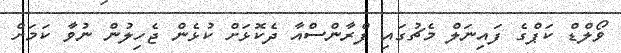
ވޯލްޑް ކަޕްގެ ފައިނަލް މެޗުގައި ފްރާންސްއާ ދެކޮޅަށް ކުޅެން ޖެހިލުން ނުވާ ކަމަށް